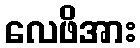
လေဖိအား